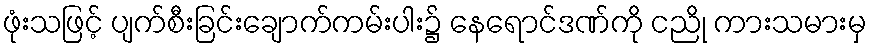
ဖုံးသဖြင့် ပျက်စီးခြင်းချောက်ကမ်းပါး၌ နေရောင်ဒဏ်ကို ငညို ကားသမားမှ